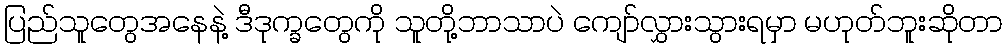
ပြည်သူတွေအနေနဲ့ ဒီဒုက္ခတွေကို သူတို့ဘာသာပဲ ကျော်လွှားသွားရမှာ မဟုတ်ဘူးဆိုတာ